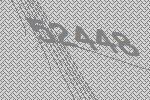
52448